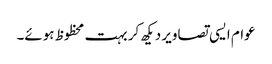
عوام ایسی تصاویر دیکھ کر بہت محظوظ ہوئے۔